King Institute of Preventive Medicine Micro-Biological Section reports 1909-11
Year: 1909
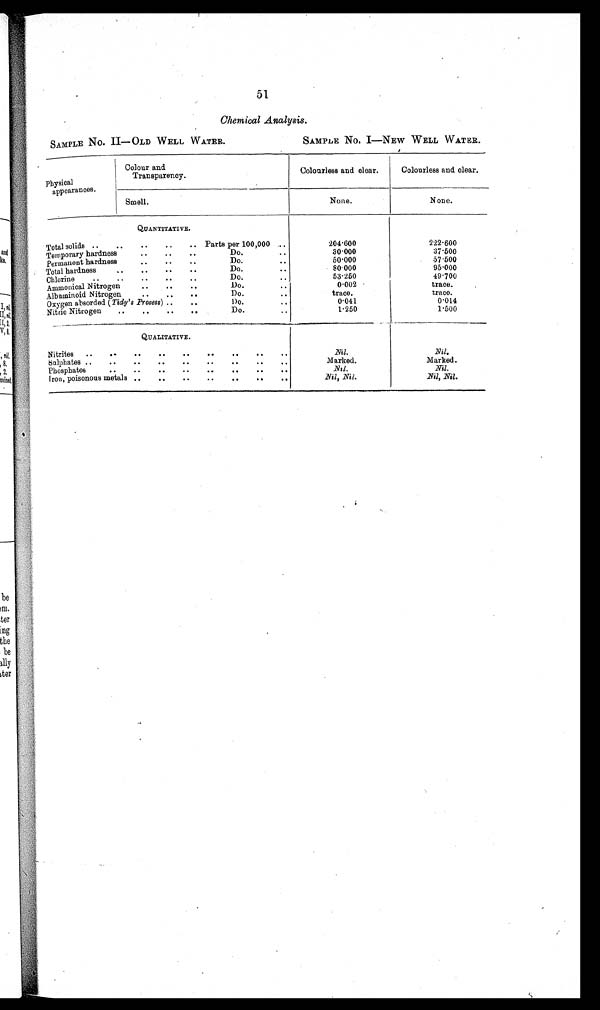
51
Chemical Analysis.
SAMPLE No. II— OLD WELL WATER.
SAMPLE No. I—NEW WELL WATER.
Colour and
Colourless and clear.
Colourless and clear.
Transparency.
Physical
appearances.
Smell.
None.
None.
QUANTITATIVE.
Total solids ..
..
..
. ,
.. Parts per 100,000 ..
204.600
30.000
222.600
Temporary hardness
. .. .Do.
37.500
..
Permanent hardness..
50.000
.. .. .. .. 57.500
Total hardness
..
..
..
..
Do.
. .
. . 80.000 95.000
Chlorine ..
..
..
..
Do.
53.250
49.700
Ammonical Nitrogen
Do.
..
0.002
Albuminoid Nitrogen
Do.
..
trace.
.
trace.
trace.
Oxygen absorded ( Tidy's Process) ..
..
D o.
. .
0.041
0.014
Nitric Nitrogen
..
..
Do.1.250 •
QUALITATIVE.
Nitrites
..
..
..
..
..
..
..
Nil.
Nil.
M
arked
sulphates ..
..
• . . . . . . . . .
..
Marked
Phosphates
.
..
.
O.
. . 66 .NIL.
Nil.
.
Iron, poisonous metals ..
..
..
06
.0
Nil, Nil.
Nil, Nil.